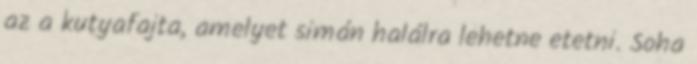
az a kutyafajta, amelyet simán halálra lehetne etetni. Soha